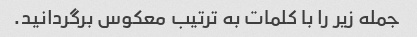
جمله زیر را با کلمات به ترتیب معکوس برگردانید.